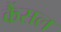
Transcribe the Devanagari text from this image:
कैंसल